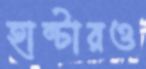
হান্টারও